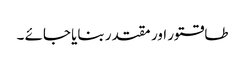
طاقتور اور مقتدر بنایا جائے ۔